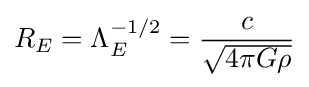
R_{E}=\Lambda _{E}^{-1/2}={c \over {\sqrt {4\pi G\rho }}}